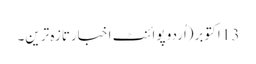
13 اکتوبر(اُردو پوائنٹ اخبارتازہ ترین۔